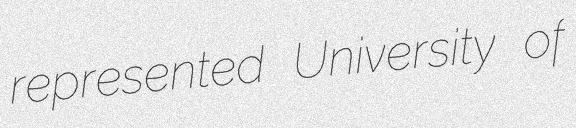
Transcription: represented University of